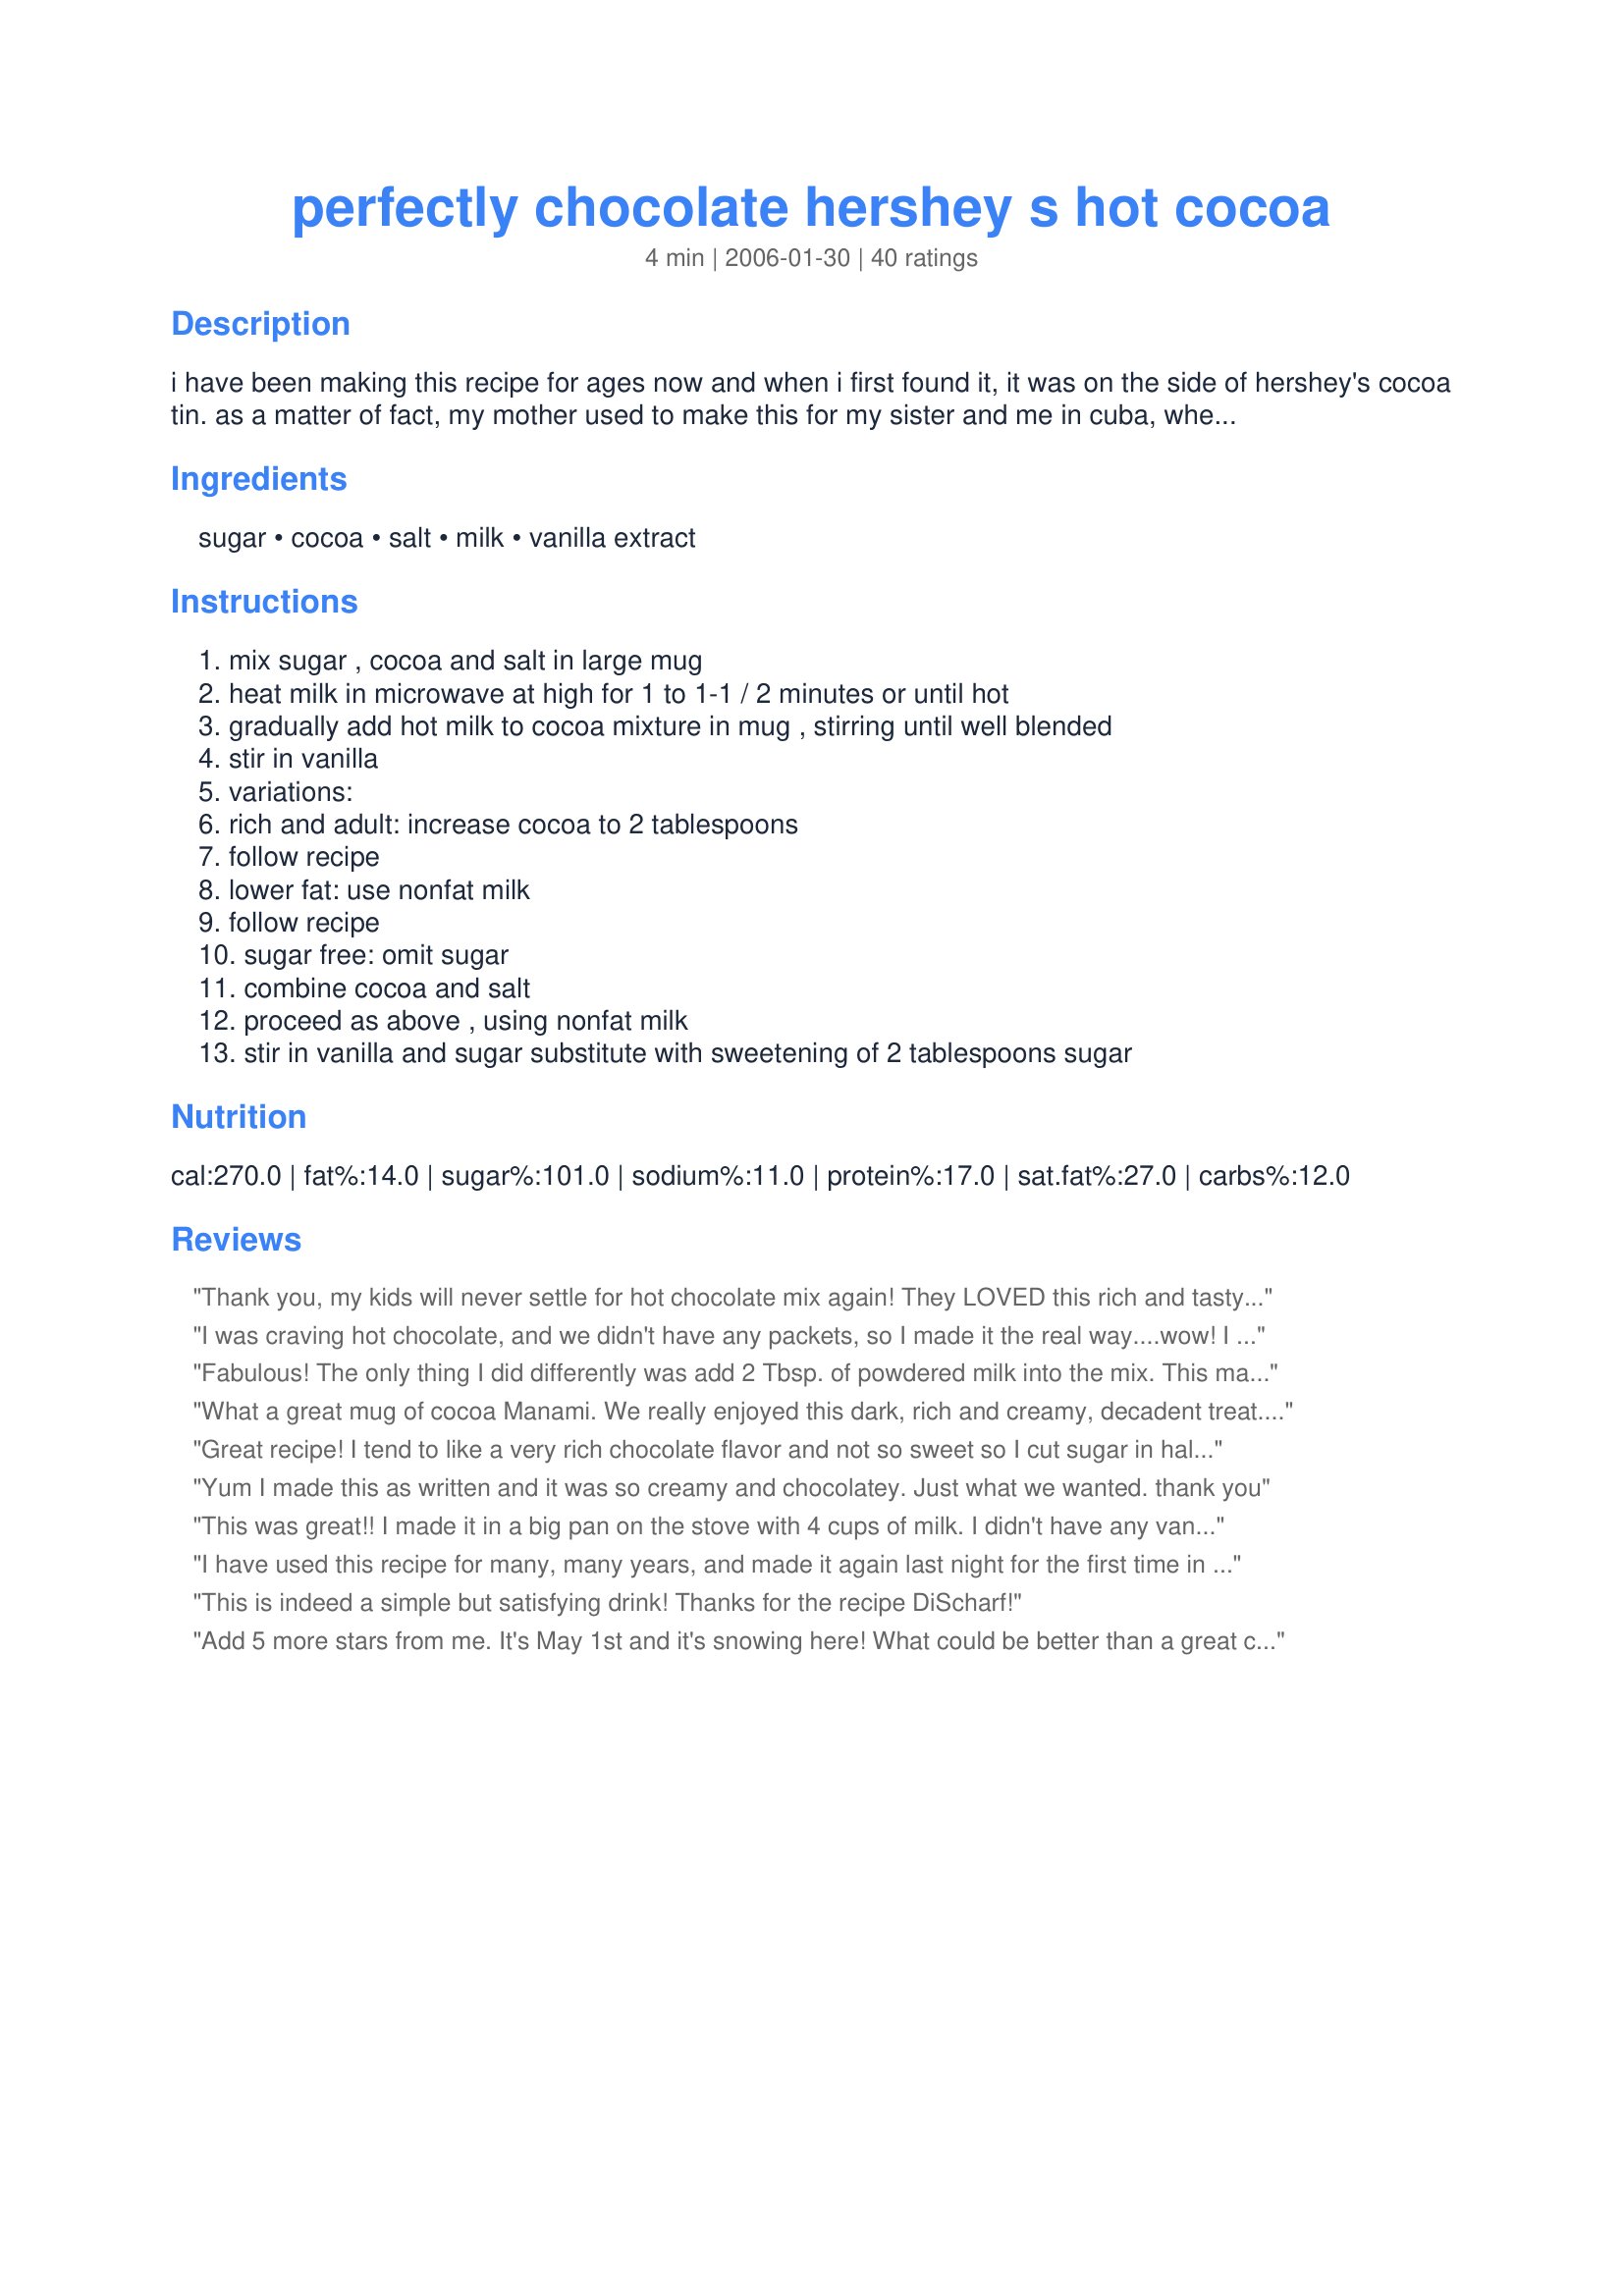
perfectly chocolate hershey s hot cocoa
Preparation time: 4 minutes

i have been making this recipe for ages now and when i first found it, it was on the side of hershey's cocoa tin. as a matter of fact, my mother used to make this for my sister and me in cuba, when we weren't even so little. found this on hershey's web site.

Ingredients:
sugar, cocoa, salt, milk, vanilla extract

Steps:
mix sugar , cocoa and salt in large mug, heat milk in microwave at high for 1 to 1-1 / 2 minutes or until hot, gradually add hot milk to cocoa mixture in mug , stirring until well blended, stir in vanilla, variations:, rich and adult: increase cocoa to 2 tablespoons, follow recipe, lower fat: use nonfat milk, follow recipe, sugar free: omit sugar, combine cocoa and salt, proceed as above , using nonfat milk, stir in vanilla and sugar substitute with sweetening of 2 tablespoons sugar

Reviews:
Thank you, my kids will never settle for hot chocolate mix again! They LOVED this rich and tasty drink! I added a dash of cinnamon to each mug, along with a handful of marshmallows. This is going in my file as a definite keeper!
I was craving hot chocolate, and we didn't have any packets, so I made it the real way....wow! I may never go back again! Used honey in place of sugar. Thanks for sharing!
Fabulous! The only thing I did differently was add 2 Tbsp. of powdered milk into the mix. This made it extra rich and creamy. Yum!!
What a great mug of cocoa Manami. We really enjoyed this dark, rich and creamy, decadent treat. I used the 3 tsp option and made exactly as written for my dh, I added freshly ground spices to my mug of cocoa... recipe #266688. Both mugs were garnished with whipped cream and a sprinkle of spices. Thank you for sharing this delicious recipe.
Great recipe! I tend to like a very rich chocolate flavor and not so sweet so I cut sugar in half and one of the three teaspoons of cocoa I used the Special Dark Cocoa. Next time I may even cut the sugar a bit more as it was still quite sweet for me.
Yum I made this as written and it was so creamy and chocolatey. Just what we wanted. thank you
This was great!! I made it in a big pan on the stove with 4 cups of milk. I didn't have any vanilla but it was great without it.
I have used this recipe for many, many years, and made it again last night for the first time in ages. Its still as good as ever. I used Hood's carb countdown milk in it, and it turned out so good.
This is indeed a simple but satisfying drink! 
Thanks for the recipe DiScharf!
Add 5 more stars from me. It's May 1st and it's snowing here! What could be better than a great cocoa. Made using 50% each skim and far free evaporated milks, Splenda and double Dutch dark cocoa (and a splash of Baileys).
Outstanding!
Excellent! I used 3 tsp cocoa, added a tsp of powdered milk and reduced the Splenda to 1 tbsp. Thank you for sharing. Made for Comfort Cafe- Snow Queen Round 01/10.
This is a fantastic recipe. Just the right ingredients. Thanks for posting.
Exactly how I make mine. Hot chocolate is my all time favorite drink! Thanks for posting.
Excellent! My kiddos and I both loved it, and I loved that I didn&#039;t have the little &quot;floaties&quot; like I did with the last hot cocoa recipe I made. Everything blended nicely together and it tasted rich and chocolaty.
My son came in from the cold, begging me for something warm to drink, and I was out of hot cocoa mix. I made this using splenda and it was wonderful. I warmed mine in a pan on the stove top (while whisking in the cocoa and sugar) and increased the recipe to make 4 servings, which came out as 3 servings in our large mugs. I cut the amount of vanilla in half (1 tsp) and topped with marshmallows. Next time I might try a dash of cinnamon. Thanks for sharing the great recipe!
I made this for my DH after coming in from snowblowing the snow. He said it was a lot better then the packets of cocoa and I liked that it made one serving at a time. Made my cup later with a splash of almond extract and enjoyed that too. Made and reviewed for Comfort Cafe Event - January 2010.
This was super easy and really yummy.my whole family loved this. Thanks!
This is delicious if you are a chocolate lover, like me! It makes other prepared hot cocoa mixes pale in comparison. I tweak this recipe a bit by adding a tablespoon and a half of sugar, instead of the 2 tablespoons. That's sweet enough. Thanks so much for posting!
Awesome! I used rice milk and Stevia since I can't have dairy or sugar and it was awesome, rich and chocolately!!
THE perfect hot cocoa. I will not buy the mix again. Thank you for sharing!
Just the ticket to satisfy a hot chocolate craving quickly! Made as written, only on the stovetop and using soy milk. Will try with stevia next time.
This is a great recipe for me since I am the only one in the family that drinks hot cocoa. I made it using Splenda and 1%fat milk. It was delicious. I added a healthy spoonful of whipped topping. Great tasting!
My Mom made this for me when I was growing up. I remember she got the recipe off the Hershey's Cocoa package. This brought back memories of home! Made for the Comfort Cafe 2009.
I can buy cocoa here in Costa Rica by the Kilo. It grows and is made here. Its about the only type of chocolate I can get. No chocolate chips. Anyway, tried this the other night and it was great. Had it right before I went to bed (Oh I used Splenda). Think I'm going to have some tonight. thanks DiScharf
Thank You so much for finding this recipe. I also used to make this from the instructions on the side of the tin. Unfortunately I have never seen it on the tins currently available. I love this drink it is the best coca around. I had this recipe once but lost it for years. Now thanks to you I have it again. Thank you Manami oh so much! ^v^
This makes a great cup of hot cocoa. I used about 2 & 1/2 t. of the cocoa and 2 T. splenda. It turned out delicious and richly chocolate. Thank you!
I never knew how good homemade hot cocoa could be. Thanks for such a warm and tasty recipe. Like another reviewer, I made mine with vanilla flavored soy milk, so I omitted the vanilla.
Loving this hot cocoa recipe! My kids begged for it when we put up the Christmas tree. Delicious with forever memories. Thank you!!
A classic! So easy to make and so much better than store-bought.
Mmm Mmm Good. Great bedtime drink. Made using the 3 teaspoons of cocoa. Thanks so much for the post.
I have made that and When I started with Dove Chocolate Discoveries I Started to using My Products and It actually Taste Better,More Flavor
Drinking this right now, it is very good. I did the rich variation with the extra cocoa. A good rule of thumb with any milk based drink is to make it with whatever you are used to drinking/using for the best taste to you. I used 2%. I did end up heating it a little longer after it was all mixed up, just because I like my hot chocolate REALLY hot, just about 30 extra seconds. If you are serving to company add some whipped cream on top, and sprinkle with a little extra cocoa for that extra little bit of presentation. Good recipe!
Loved the addition of the vanilla in this! Made to have with my breakfast this morning Recipe #94532. Went great! Can't wait to try this with peanut butter and toast. I love to dip my toast in my cocoa. Yummmmmm! Thanks for sharing DiScharf
I wanted some hot chocolate tonight and all I had was Hersheys cocoa, sugar, and some half and half. I used about a 1/2 to 2/3 cup of half and half, added water to make a cup, and followed the rest of the recipe. Delicious! I did use 2 tablespoons of cocoa (the &quot;adult &quot; variation), which I think is mandatory because I wouldn't want it any less rich and chocolaty.
this is a good recipe for one cup of cocoa. oh check her recipes , they are interesting
Thank you for posting. I always used the recipe on the back of the tin but this time I bought another brand and they did not post the recipe on back. I'm so glad I found this one because we are all int the mood for hot cocoa tonight!
excellent recipe for when you run out of hot chocolate. my daughter loves it
The best hot cocoa drink I have had :) It was quick and very delicious. I omitted the vanilla extract cause I tasted the drink before adding anything else and seen it was excellent without adding anymore to it. I did add a few shavings of chocolate on top for looks :) This is one recipe I will be making many of times!!! Thanks for sharing this warm delicious hot chocolate!!
Easy and perfect!
Yum! I use Dove Cocoa Powder, no salt, a dash of peppermint extract.
